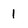
Character: 1